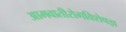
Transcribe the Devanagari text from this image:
आमवातीरोगविशेषज्ञ